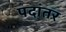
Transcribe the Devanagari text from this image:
पदांतर